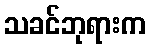
သခင်ဘုရားက